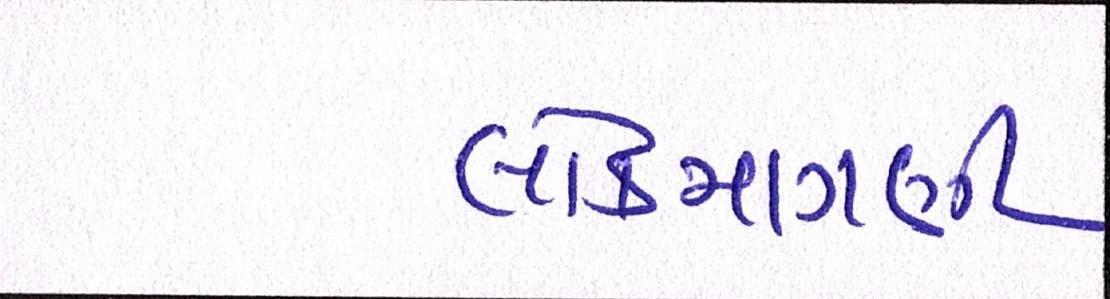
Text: લોકમાગણી